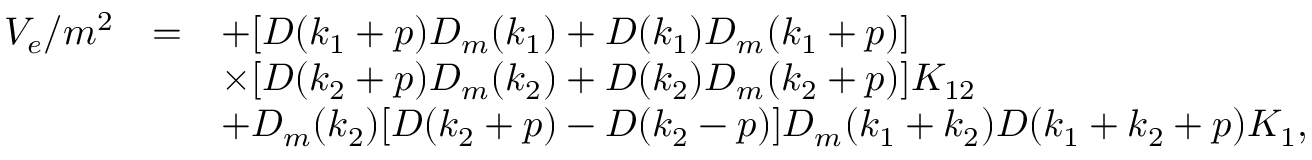
\begin{array} { r c l } { { V _ { e } / m ^ { 2 } } } & { { = } } & { { \displaystyle + [ D ( k _ { 1 } + p ) D _ { m } ( k _ { 1 } ) + D ( k _ { 1 } ) D _ { m } ( k _ { 1 } + p ) ] } } \\ { { } } & { { } } & { { \displaystyle \times [ D ( k _ { 2 } + p ) D _ { m } ( k _ { 2 } ) + D ( k _ { 2 } ) D _ { m } ( k _ { 2 } + p ) ] K _ { 1 2 } } } \\ { { } } & { { } } & { { \displaystyle + D _ { m } ( k _ { 2 } ) [ D ( k _ { 2 } + p ) - D ( k _ { 2 } - p ) ] D _ { m } ( k _ { 1 } + k _ { 2 } ) D ( k _ { 1 } + k _ { 2 } + p ) K _ { 1 } , } } \end{array}